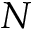
N